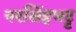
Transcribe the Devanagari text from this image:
नरसिंहभट्ट